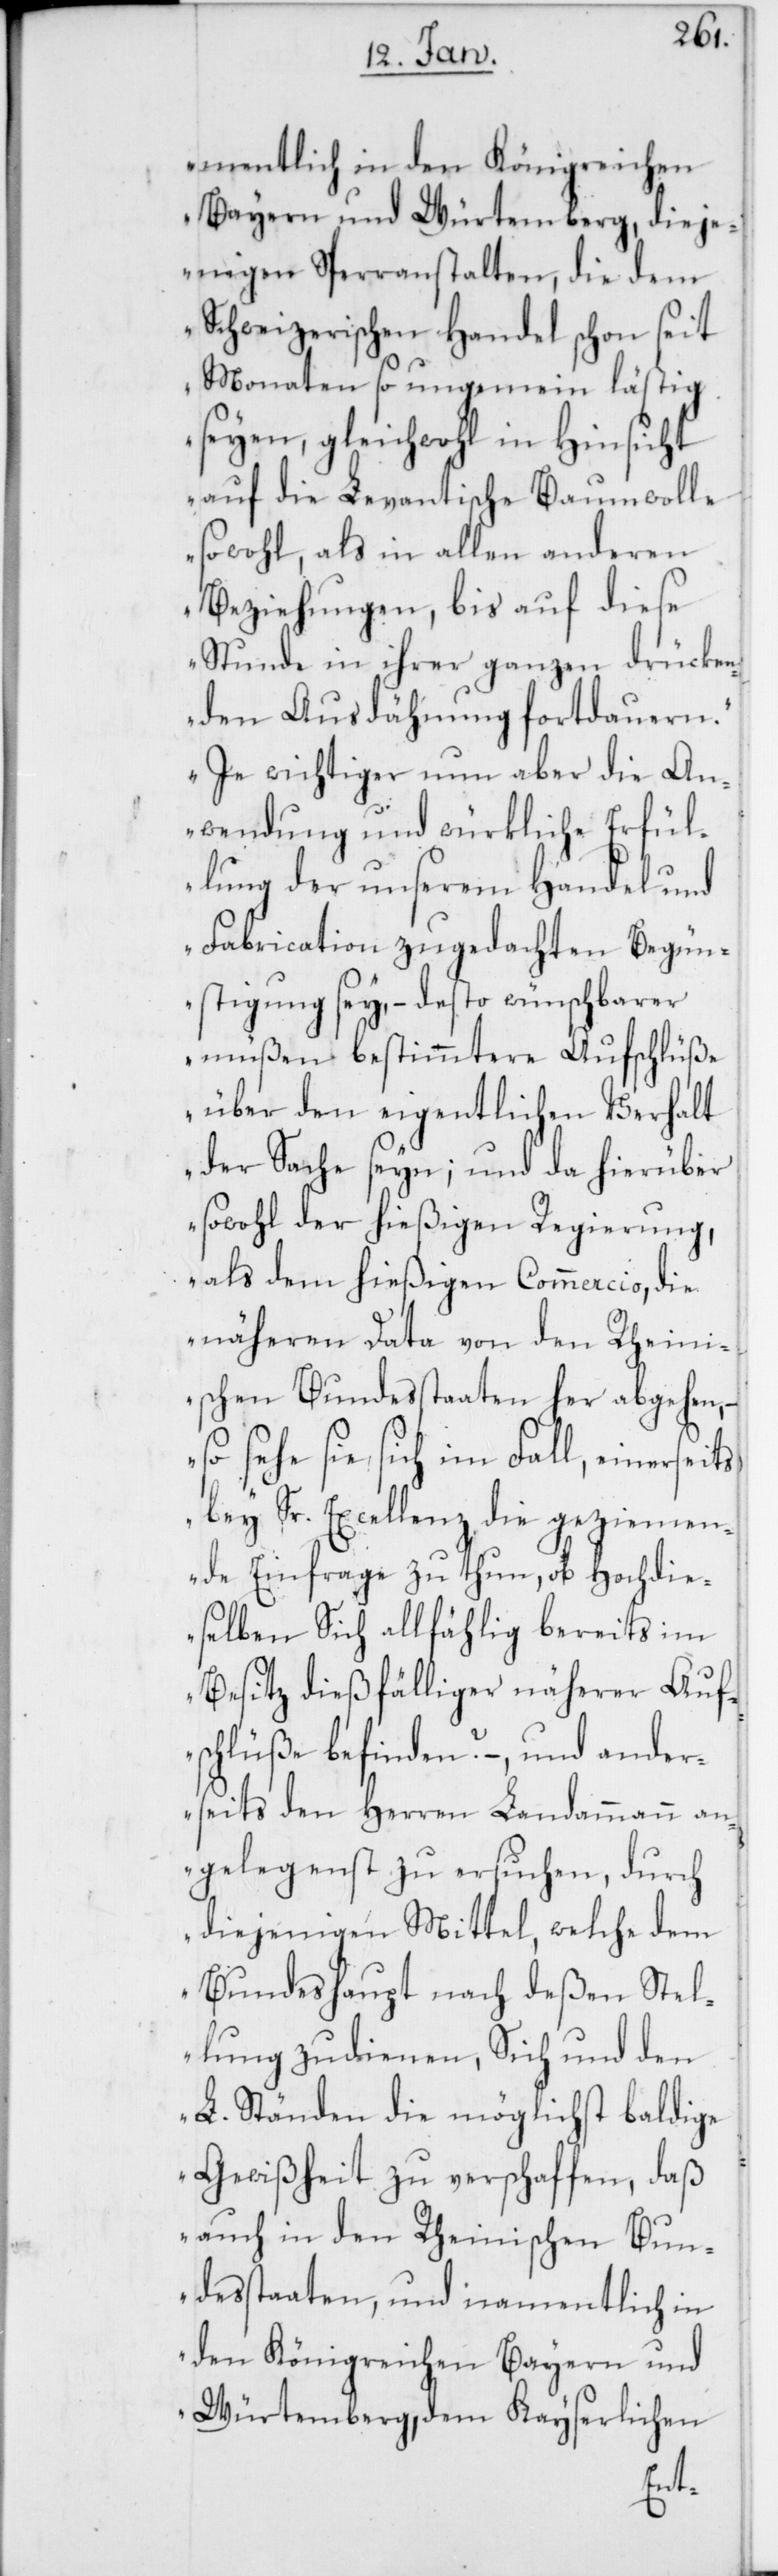
mentlich in den Königreichen
Bayern und Würtemberg, dieje¬
nigen Sperranstalten, die dem
Schweizerischen Handel schon seit
Monaten so ungemein lästig
seyen, gleichwohl in Hinsicht
auf die Levantische Baumwolle
sowohl, als in allen anderen
Beziehungen, bis auf diese
Stunde in ihrer ganzen drücken¬
den Ausdähnung fortdauern.
Je wichtiger nun aber die An¬
wendung und würkliche Erfül¬
lung der unserem Handel und
Fabrication zugedachten Begün¬
stigung sey, – desto wünschbarer
müßen bestimmtere Aufschlüße
über den eigentlichen Verhalt
der Sache seyn; und da hierüber
sowohl der hießigen Regierung,
als dem hießigen Commercio, die
näheren Data von den Rheini¬
schen Bundesstaaten her abgehen,
so sehe sie sich im Fall, einerseits,
bey Sr. Excellenz die geziemen¬
de Einfrage zu thun, ob hochdie¬
selben Sich allfählig bereits im
Besitz dießfälliger näherer Auf¬
schlüße befinden? – und ander¬
seits den Herren Landammann an¬
gelegenst zu ersuchen, durch
diejenigen Mittel, welche dem
Bundeshaupt nach deßen Stel¬
lung zudienen, Sich und den
L. Ständen die möglichst baldige
Gewißheit zu verschaffen, daß
auch in den Rheinischen Bun¬
desstaaten, und namentlich in
den Königreichen Bayern und
Würtemberg, dem Kayserlichen